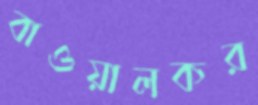
বাওয়ালকর